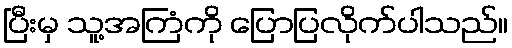
ပြီးမှ သူ့အကြံကို ပြောပြလိုက်ပါသည်။